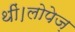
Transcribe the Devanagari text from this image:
थीं।लोपेज़